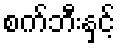
စက်ဘီးနှင့်